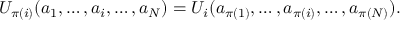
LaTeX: U _ { \pi ( i ) } ( a _ { 1 } , \ldots , a _ { i } , \ldots , a _ { N } ) = U _ { i } ( a _ { \pi ( 1 ) } , \ldots , a _ { \pi ( i ) } , \ldots , a _ { \pi ( N ) } ) .